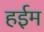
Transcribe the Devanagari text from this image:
हईम